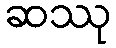
ဆဿု